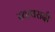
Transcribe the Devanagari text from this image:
स्थावरादौ